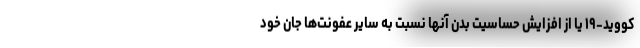
کووید-۱۹ یا از افزایش حساسیت بدن آنها نسبت به سایر عفونت‌ها جان خود